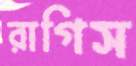
রাগিস